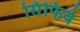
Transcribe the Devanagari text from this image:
सिंफिवे